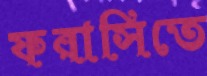
ফরাসিতে